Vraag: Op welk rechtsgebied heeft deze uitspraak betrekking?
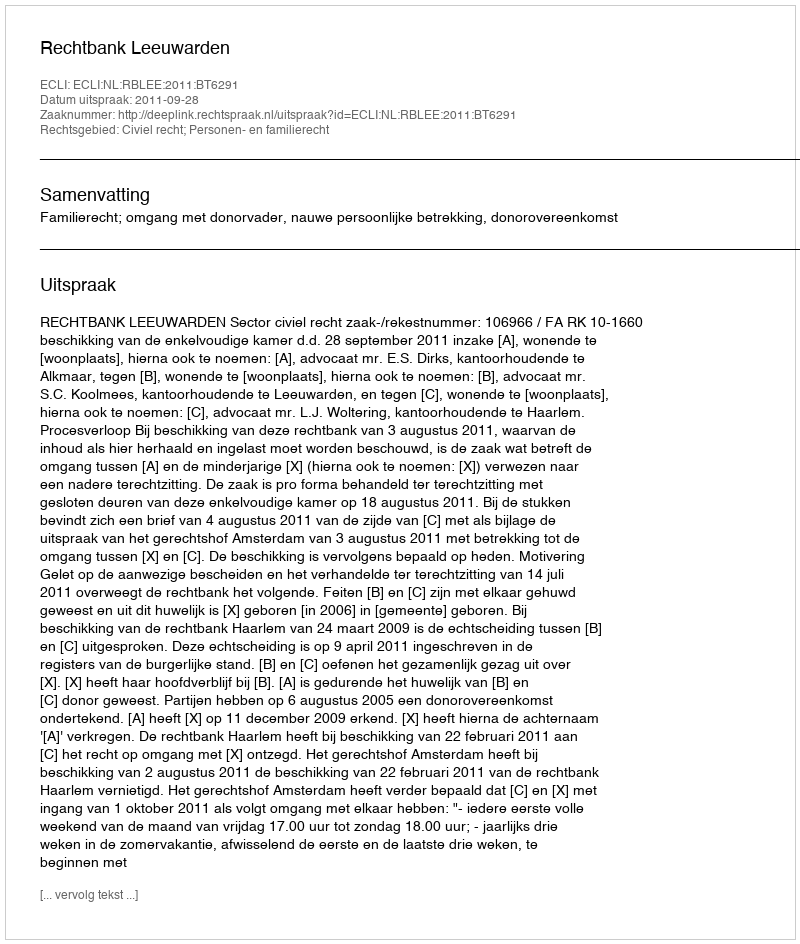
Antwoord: Civiel recht; Personen- en familierecht